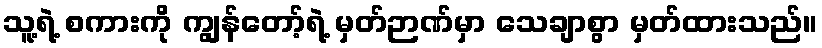
သူ့ရဲ့ စကားကို ကျွန်တော့်ရဲ့ မှတ်ဉာဏ်မှာ သေချာစွာ မှတ်ထားသည်။